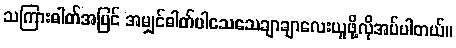
သကြားဓါတ်အပြင် အမျှင်ဓါတ်ပါသေသေချာချာလေးယူဖို့လိုအပ်ပါတယ်။